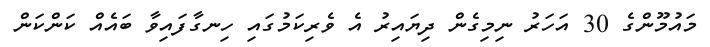
މައުމޫންގެ 30 އަހަރު ނިމިގެން ދިޔައިރު އެ ވެރިކަމުގައި ހިނގާފައިވާ ބައެއް ކަންކަން